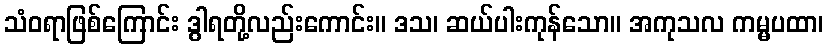
သံဝရာဖြစ်ကြောင်း ဒွါရတို့လည်းကောင်း။ ဒသ၊ ဆယ်ပါးကုန်သော။ အကုသလ ကမ္မပထာ၊